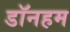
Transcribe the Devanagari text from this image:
डॉनहम